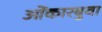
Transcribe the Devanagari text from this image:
ओंकारबुवा